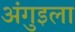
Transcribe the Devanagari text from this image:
अंगुइला